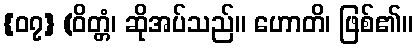
{၀၇} (ဝိတ္တံ၊ ဆိုအပ်သည်။ ဟောတိ၊ ဖြစ်၏။